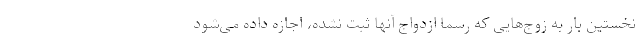
نخستین بار به زوج‌هایی که رسما ازدواج آنها ثبت نشده، اجازه داده می‌شود